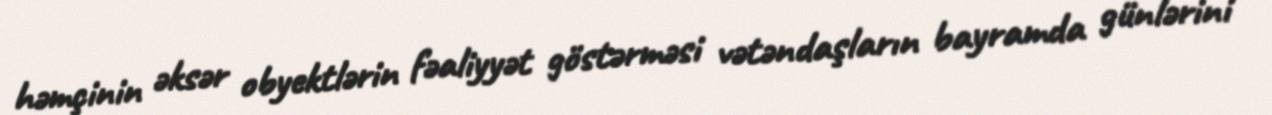
həmçinin əksər obyektlərin fəaliyyət göstərməsi vətəndaşların bayramda günlərini